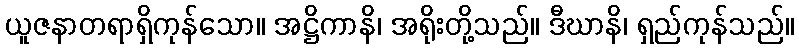
ယူဇနာတရာရှိကုန်သော။ အဋ္ဌိကာနိ၊ အရိုးတို့သည်။ ဒီဃာနိ၊ ရှည်ကုန်သည်။